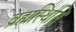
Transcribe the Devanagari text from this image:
व्रह्मस्थिति